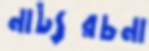
নাট্যরচনা